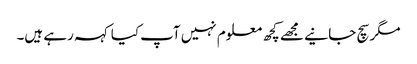
مگر سچ جانیے مجھے کچھ معلوم نہیں آپ کیا کہہ رہے ہیں۔